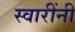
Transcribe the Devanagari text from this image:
स्वारींनी